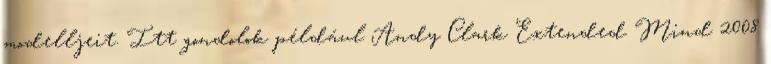
modelljeit. Itt gondolok például Andy Clark Extended Mind 2008